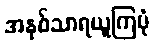
အနှစ်သာရယူကြပုံ